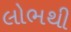
લોભથી